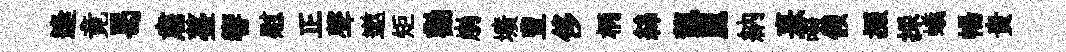
逢竟曷肅薹響慰正聲遨矩勸崩壙豊侈柄絲龍麗納熹啜假掇採蟻暢贵